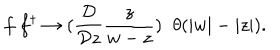
f \; f ^ { \dagger } \rightarrow ( \frac { { \cal D } } { { \cal D } z } \frac z { w - z } ) \; \; \theta ( | w | - | z | ) .